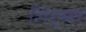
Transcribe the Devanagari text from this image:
शिट्स्टर